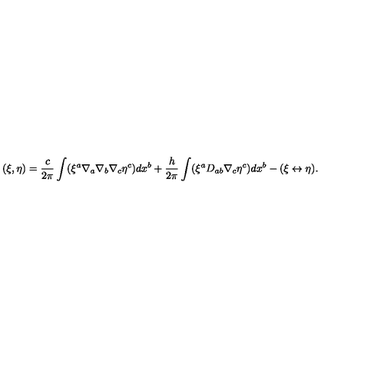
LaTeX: ( \xi , \eta ) = \frac { c } { 2 \pi } \int ( \xi ^ { a } \nabla _ { a } \nabla _ { b } \nabla _ { c } \eta ^ { c } ) d x ^ { b } + \frac { h } { 2 \pi } \int ( \xi ^ { a } D _ { a b } \nabla _ { c } \eta ^ { c } ) d x ^ { b } - ( \xi \leftrightarrow \eta ) .